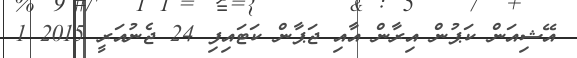
އޭޝިއަން ކަޕުން އިރާން އާއި ޖަޕާން ކަޓައިފި 24 ޖެނުއަރީ 2015 1